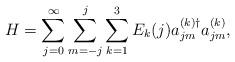
LaTeX: \begin{align*}H=\sum_{j=0}^{\infty}\sum_{m=-j}^{j}\sum_{k=1}^{3}E_{k}(j) a_{jm}^{(k)\dag}a_{jm}^{(k)},\end{align*}